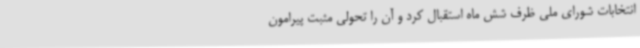
انتخابات شورای ملی ظرف شش ماه استقبال کرد و آن را تحولی مثبت پیرامون